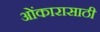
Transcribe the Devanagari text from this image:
ओंकारासाठी